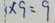
1 \times 9 = 9